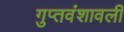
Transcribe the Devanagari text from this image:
गुप्तवंशावली